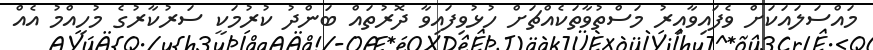
މައްސަލައަކަށް ވެފައިވާއިރު މަސްތުވާތަކެއްޗަށް ހުޅުވިފައިވާ ދޮރުތައް ބަންދު ކުރުމަކީ ސަރުކާރުގެ މުހިއްމު އެއް